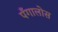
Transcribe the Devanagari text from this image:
पँगालोस